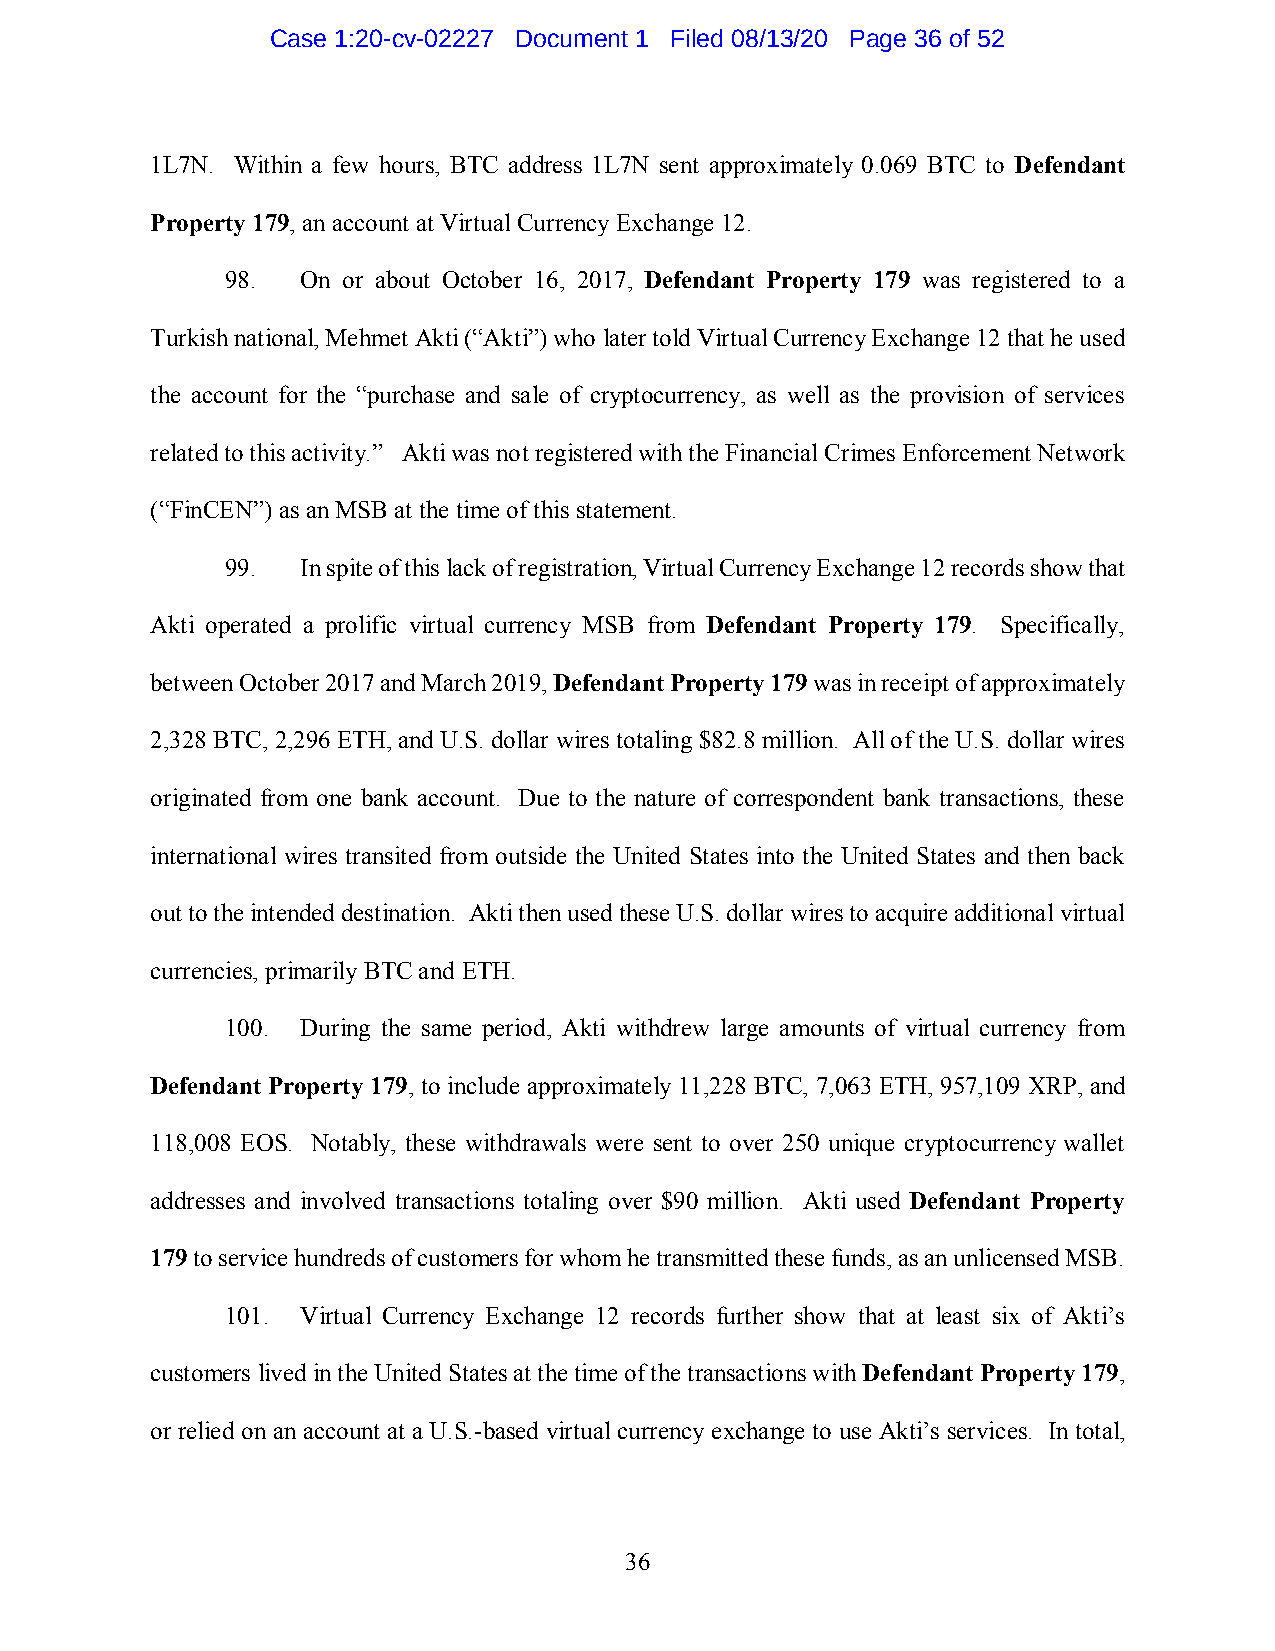
Case 1:20-cv-02227 Document 1 Filed 08/13/20 Page 36 of 52
 1L7N. Within a few hours, BTC address 1L7N sent approximately 0.069 BTC to Defendant
 Property 179, an account at Virtual Currency Exchange 12.
 98.  On or about October 16, 2017, Defendant Property 179 was registered to a
 Turkish national, Mehmet Akti (“Akti”) who later told Virtual Currency Exchange 12 that he used
 the account for the “purchase and sale of cryptocurrency, as well as the provision of services
 related to this activity.” Akti was not registered with the Financial Crimes Enforcement Network
 (“FinCEN”) as an MSB at the time of this statement.
 99.  In spite of this lack of registration, Virtual Currency Exchange 12 records show that
 Akti operated a prolific virtual currency MSB from Defendant Property 179. Specifically,
 between October 2017 and March 2019, Defendant Property 179 was in receipt of approximately
 2,328 BTC, 2,296 ETH, and U.S. dollar wires totaling $82.8 million. All of the U.S. dollar wires
 originated from one bank account. Due to the nature of correspondent bank transactions, these
 international wires transited from outside the United States into the United States and then back
 out to the intended destination. Akti then used these U.S. dollar wires to acquire additional virtual
 currencies, primarily BTC and ETH.
 100. During the same period, Akti withdrew large amounts of virtual currency from
 Defendant Property 179, to include approximately 11,228 BTC, 7,063 ETH, 957,109 XRP, and
 118,008 EOS. Notably, these withdrawals were sent to over 250 unique cryptocurrency wallet
 addresses and involved transactions totaling over $90 million. Akti used Defendant Property
 179 to service hundreds of customers for whom he transmitted these funds, as an unlicensed MSB.
 101. Virtual Currency Exchange 12 records further show that at least six of Akti’s
 customers lived in the United States at the time of the transactions with Defendant Property 179,
 or relied on an account at a U.S.-based virtual currency exchange to use Akti’s services. In total,
 36